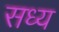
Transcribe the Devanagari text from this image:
सध्य